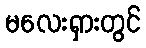
မလေးရှားတွင်